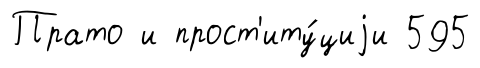
Прато и прост'иту́циjи 595